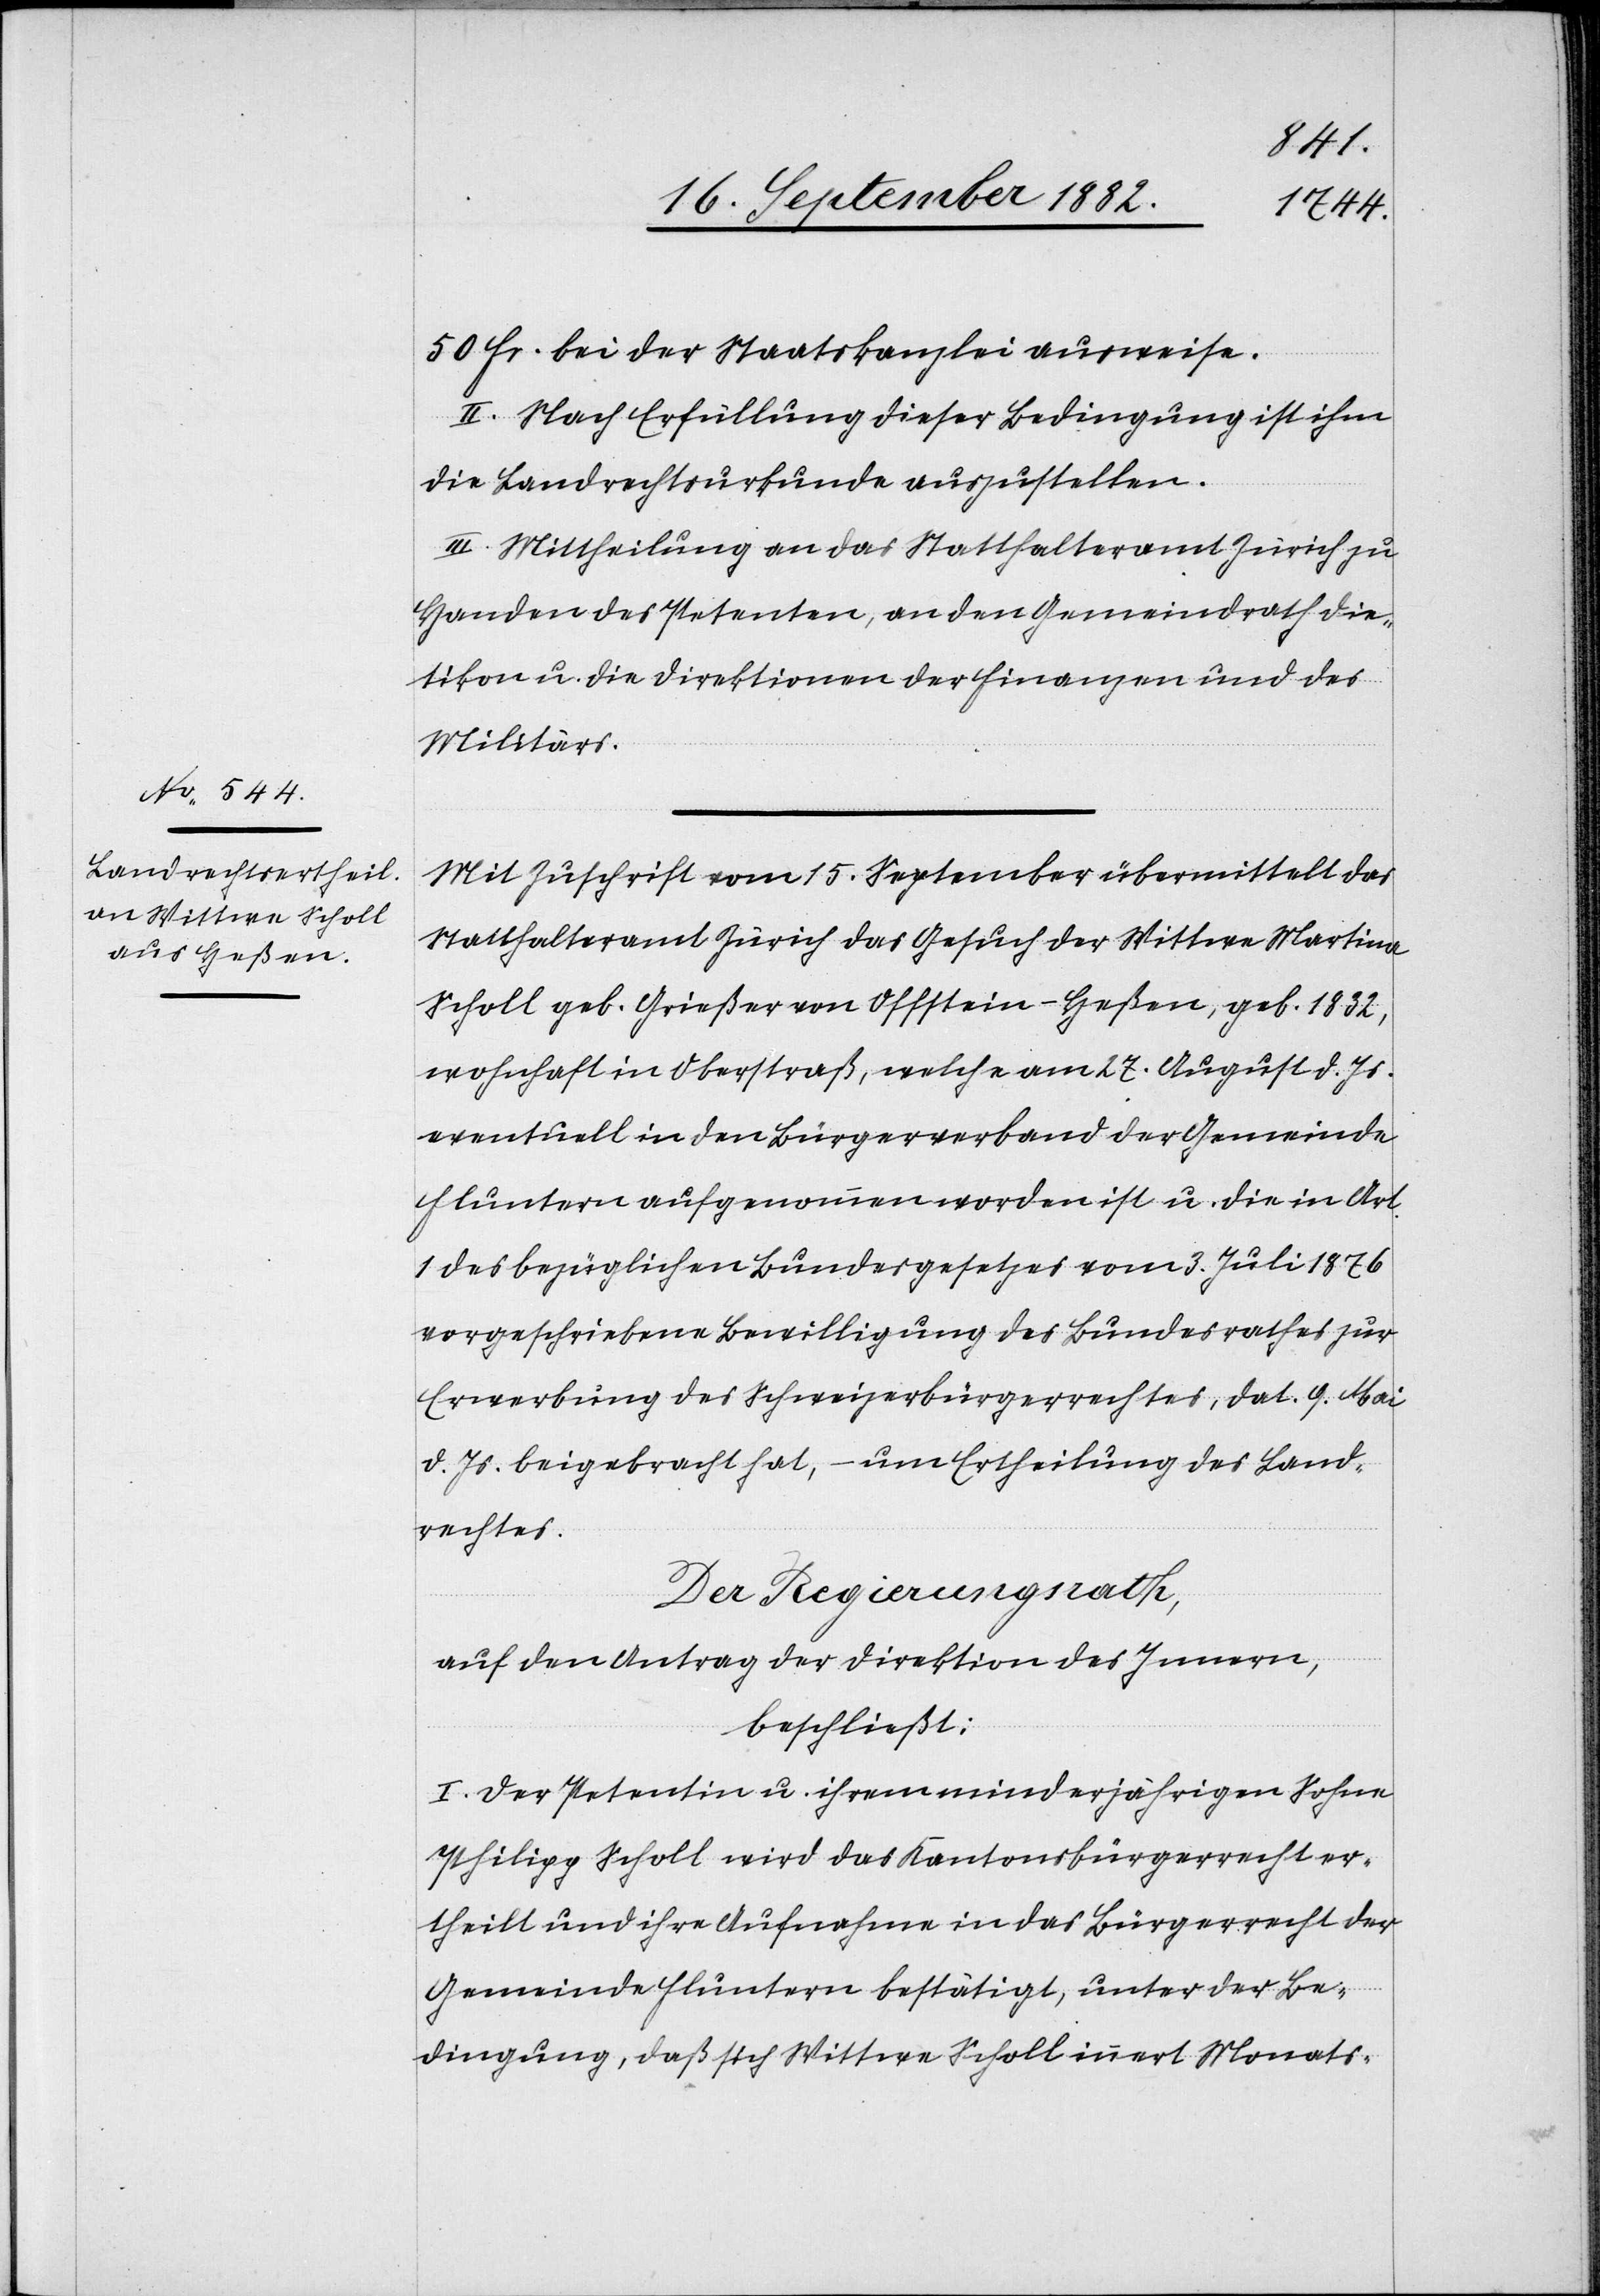
50 Fr. bei der Staatskanzlei ausweise.
II. Nach Erfüllung dieser Bedingung ist ihm
die Landrechtsurkunde auszustellen.
III. Mittheilung an das Statthalteramt Zürich zu
Handen des Petenten, an den Gemeindrath Die¬
tikon u. die Direktionen der Finanzen und des
Militärs.
Mit Zuschrift vom 15. September übermittelt das
Statthalteramt Zürich das Gesuch der Wittwe Martina
Scholl geb. Grießer von Offstein - Heßen, geb. 1832,
wohnhaft in Oberstraß, welche am 27. August d. Js.
eventuell in den Bürgerverband der Gemeinde
Fluntern aufgenommen worden ist u. die in Art.
1 des bezüglichen Bundesgesetzes vom 3. Juli 1876
vorgeschrieben Bewilligung des Bundesrathes zur
Erwerbung des Schweizerbürgerrechtes, dat. 9. Mai
d. Js. beigebracht hat, – um Ertheilung des Land¬
rechtes.
Der Regierungsrath,
auf den Antrag der Direktion des Innern,
beschließt:
I. Der Petentin u. ihrem minderjährigen Sohne
Philipp Scholl wird das Kantonsbürgerrecht er¬
theilt und ihre Aufnahme in das Bürgerrecht der
Gemeinde Fluntern bestätigt, unter der Be¬
dingung, daß sich Wittwe Scholl innert Monats-